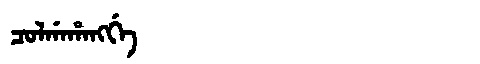
Manchu: ᠴᠣᠯᡤᠠᡥᠠᠩᡤᡝ
Romanization: COLGAHANGGE